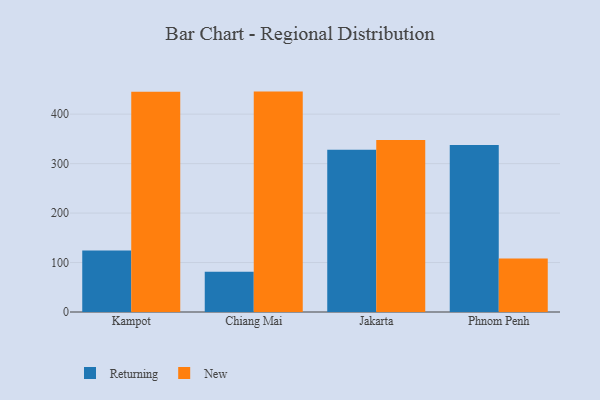
{"axis": {"x": "City", "y": "Humidity (%)"}, "legend": ["New", "Returning"], "data": [{"x": "Kampot", "y": 124.4, "type": "Returning"}, {"x": "Kampot", "y": 445.2, "type": "New"}, {"x": "Chiang Mai", "y": 81.2, "type": "Returning"}, {"x": "Chiang Mai", "y": 445.6, "type": "New"}, {"x": "Jakarta", "y": 328.1, "type": "Returning"}, {"x": "Jakarta", "y": 347.5, "type": "New"}, {"x": "Phnom Penh", "y": 337.6, "type": "Returning"}, {"x": "Phnom Penh", "y": 108.3, "type": "New"}]}